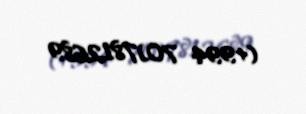
(+994 70)7812689